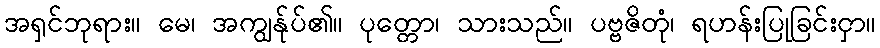
အရှင်ဘုရား။ မေ၊ အကျွန်ုပ်၏။ ပုတ္တော၊ သားသည်။ ပဗ္ဗဇိတုံ၊ ရဟန်းပြုခြင်းငှာ။